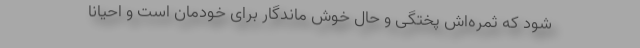
شود که ثمره‌اش پختگی و حالِ خوشِ ماندگار برای خودمان است و احیانا